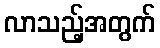
လာသည့်အတွက်